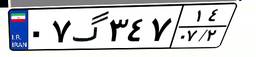
۰۷گ۳۴۷۱۴